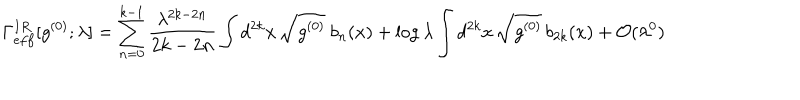
\Gamma _ { e f f } ^ { I R } [ g ^ { ( 0 ) } ; \lambda ] = \sum _ { n = 0 } ^ { k - 1 } { \frac { \lambda ^ { 2 k - 2 n } } { 2 k - 2 n } } \int d ^ { 2 k } x \, \sqrt { g ^ { ( 0 ) } } \ b _ { n } ( x ) + \log \lambda \int d ^ { 2 k } x \, \sqrt { g ^ { ( 0 ) } } \, b _ { 2 k } ( x ) + { \cal O } ( \lambda ^ { 0 } )